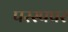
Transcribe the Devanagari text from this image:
परस्पपर